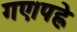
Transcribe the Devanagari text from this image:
गए।पह्ले